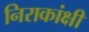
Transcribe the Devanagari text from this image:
निराकांक्षी